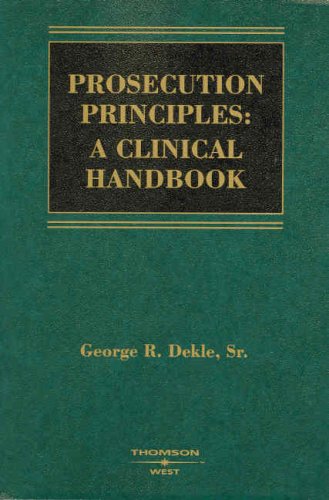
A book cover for Prosecution Principles: A Clinical Handbook (American Casebook Series); George Dekle; Law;